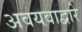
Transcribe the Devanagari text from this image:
अवयवाद्वारे